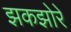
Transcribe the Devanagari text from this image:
झकझोरे